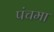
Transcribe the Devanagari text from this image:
पंचमा